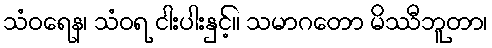
သံဝရေန၊ သံဝရ ငါးပါးနှင့်။ သမာဂတော မိဿီဘူတာ၊